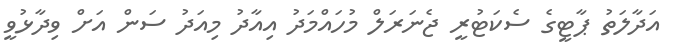
އަދާލަތު ޕާޓީގެ ސެކަޓުރީ ޖެނަރަލް މުހައްމަދު އިއާދު މިއަދު ސަން އަށް ވިދާޅުވީ